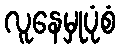
လူနေမှုပုံစံ